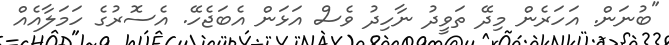
"ބުނަން. އަހަރެން މިދޭ ތަވީދު ނާހިދު ވެސް އަޅަން އެބަޖެހޭ. އެސޮރުގެ ހަމަލާއެއް